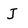
Character: J